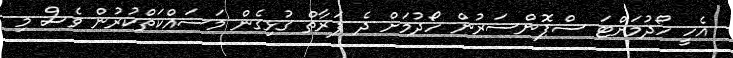
އެހީ ހޯދުމަށްޓަ ސްޕޮންސަރުން ހޯދުމަށް ދެ ފަރާތް ގުޅިގެން މަސައްކަތްކުރުން ވެސް މި